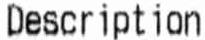
DESCRIPTION